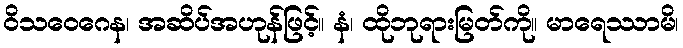
ဝိသဝေဂေန၊ အဆိပ်အဟုန်ဖြင့်။ နံ၊ ထိုဘုရားမြတ်ကို။ မာရေဿာမိ၊